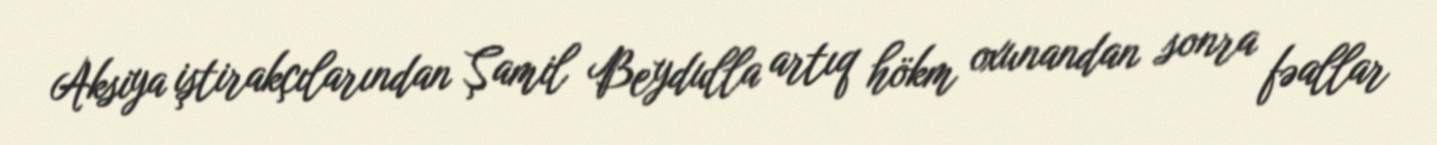
Aksiya iştirakçılarından Şamil Beydulla artıq hökm oxunandan sonra fəallar